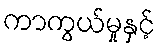
ကာကွယ်မှုနှင့်